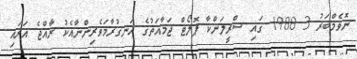
ނޮވެމްބަރު 3 1988 ގައި ސްރީލަންކާ ޕޮލޯޓް ޖަމާއަތުގެ ހަނގުރާމަވެރިންނާއެކު ރާއްޖެ އަރައި